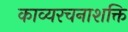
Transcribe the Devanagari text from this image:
काव्यरचनाशक्ति